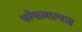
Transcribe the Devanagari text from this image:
फोफावाल्यास